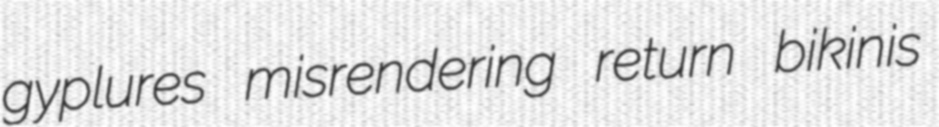
gyplures misrendering return bikinis